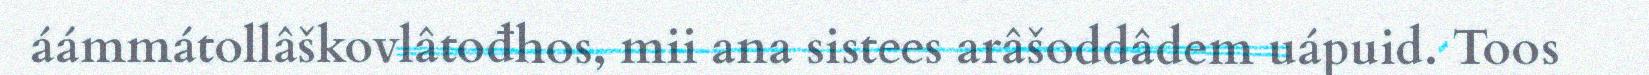
áámmátollâškovlâtođhos, mii ana sistees arâšoddâdem uápuid. Toos